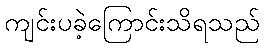
ကျင်းပခဲ့ကြောင်းသိရသည်